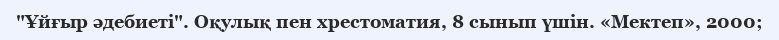
"Ұйғыр әдебиеті". Оқулық пен хрестоматия, 8 сынып үшін. «Мектеп», 2000;